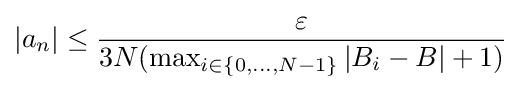
|a_{n}|\leq {\frac {\varepsilon }{3N(\max _{i\in \{0,\dots ,N-1\}}|B_{i}-B|+1)}}